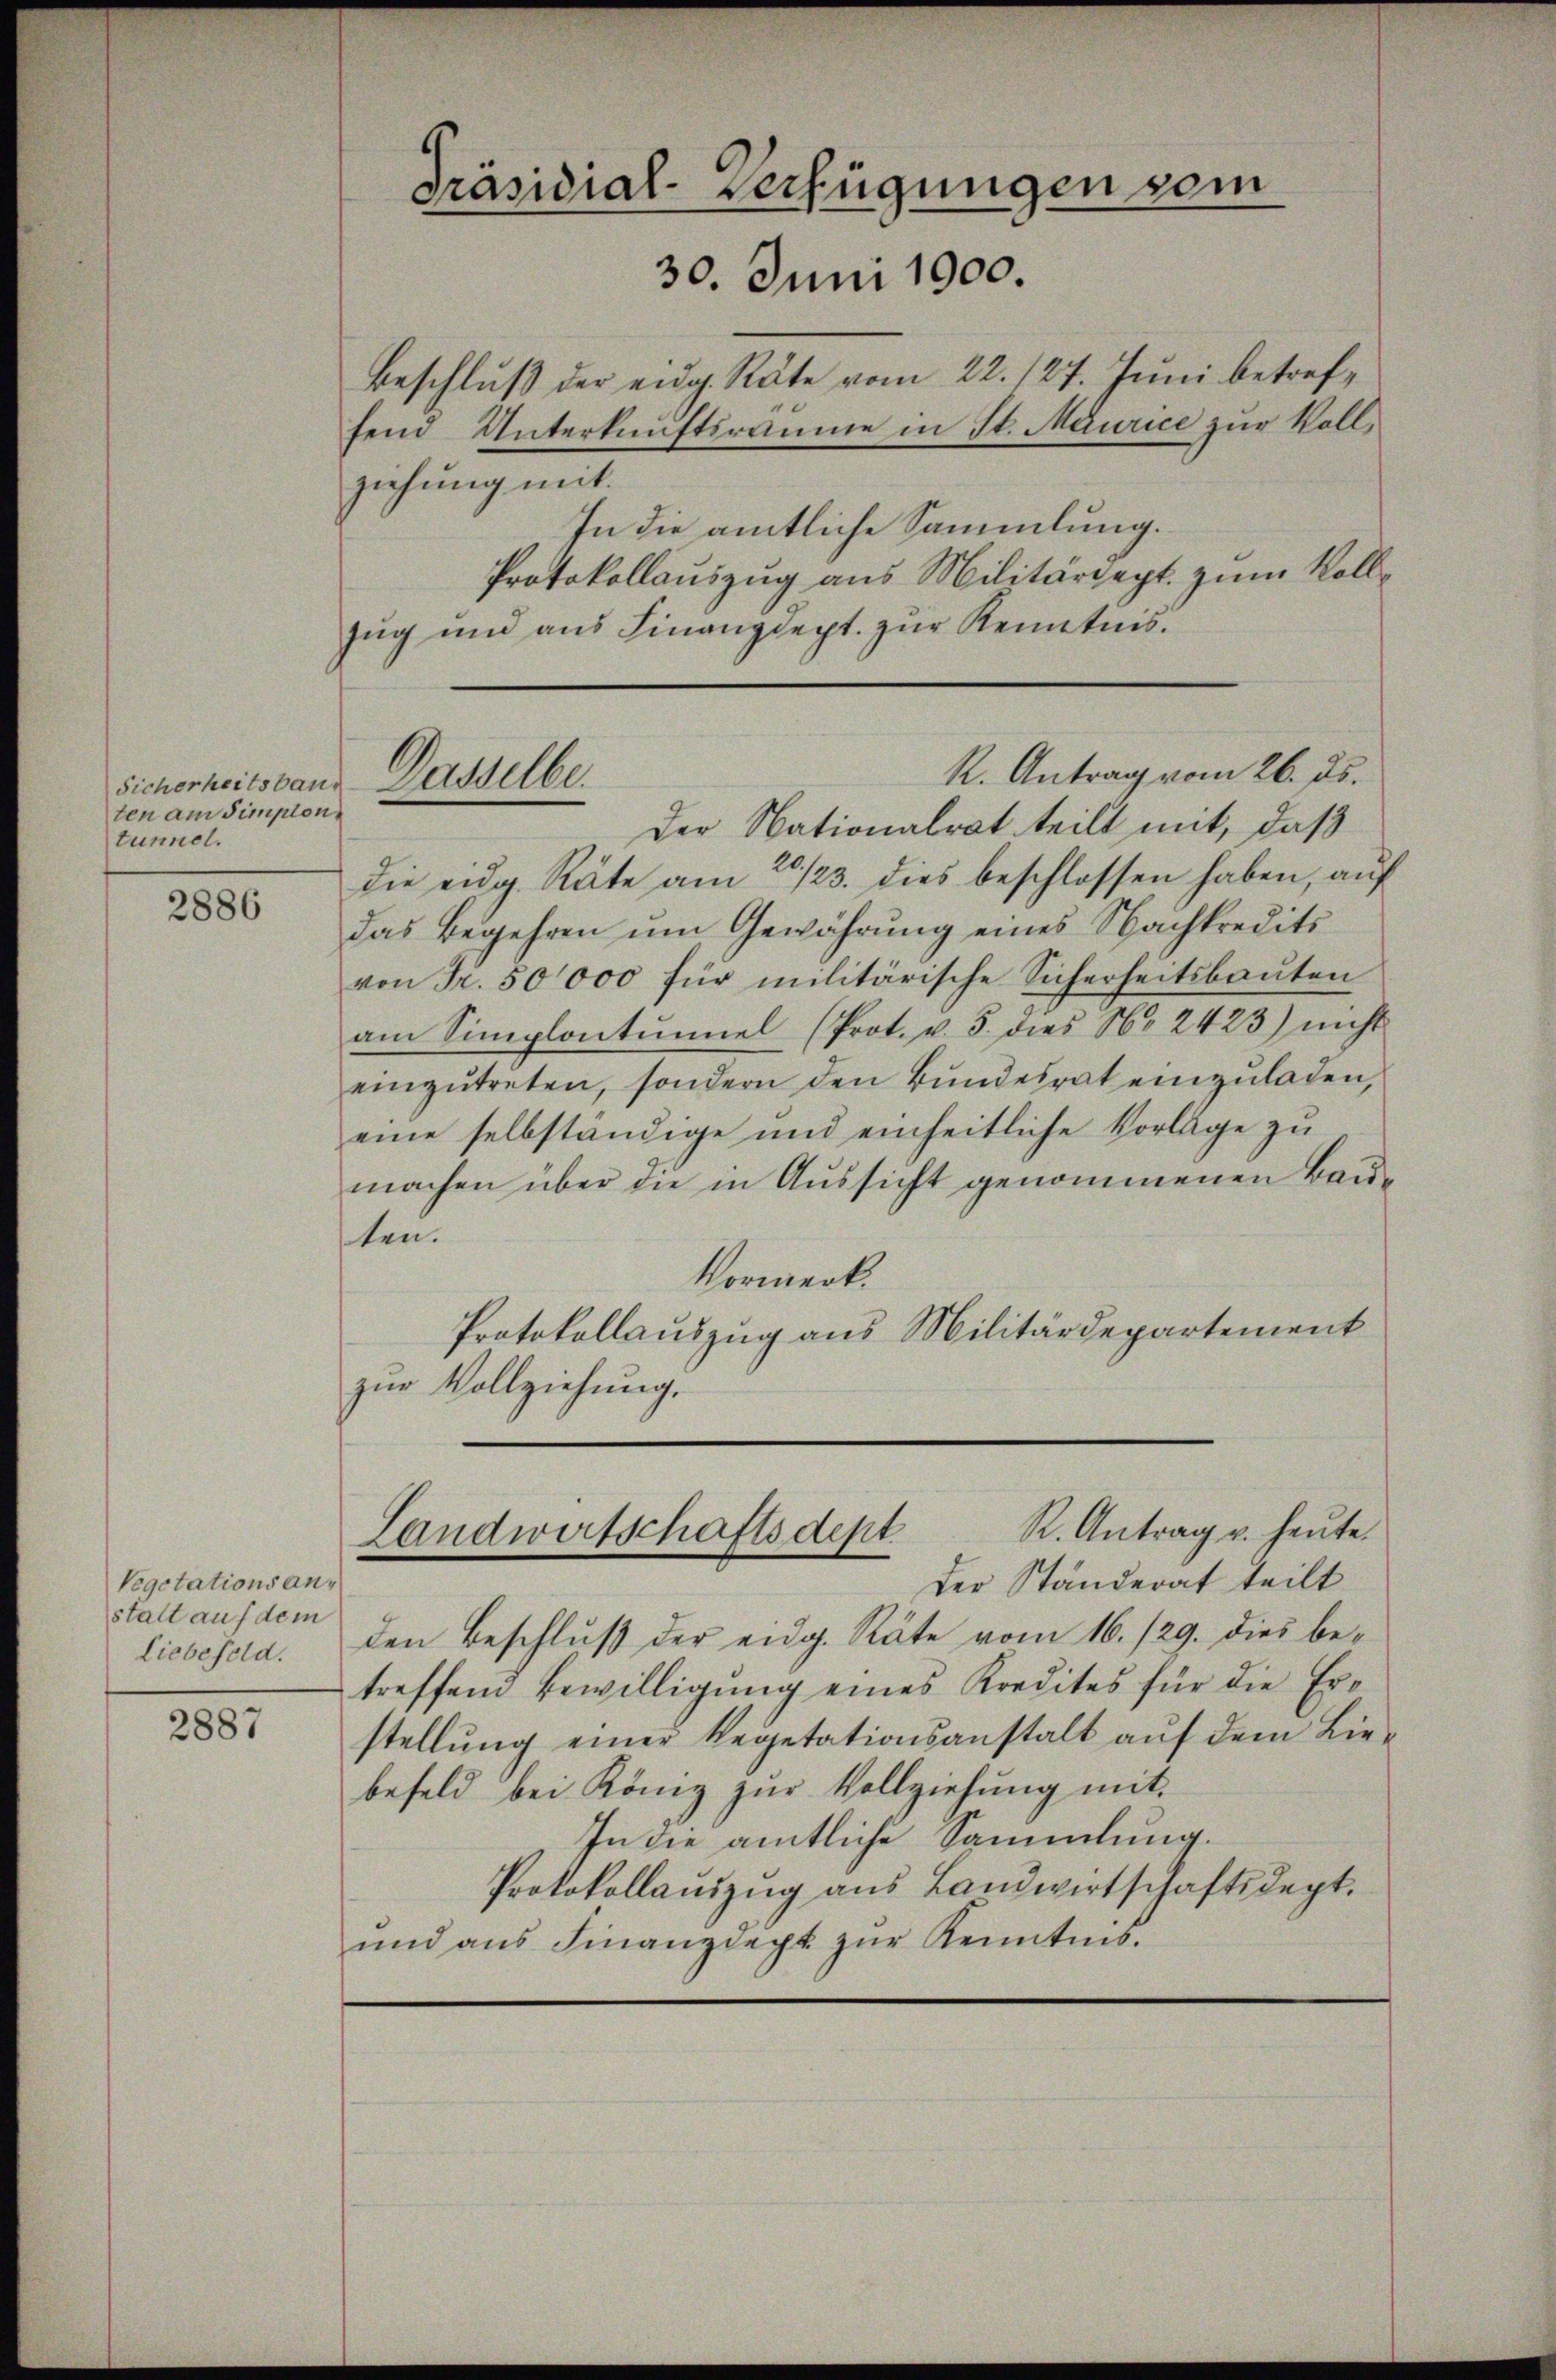
ten am Simplontunnel.

2886

Vegetationsanstalt auf dem
Liebefeld.

2887

Beschlŭβ der eidg. Räte vom 22. 127. Juni betreffend Unterkunftsräume in St. Maurice zur Vollziehung mit.
In die amtliche Sammlung.
Protokollauszug aus Militärdept. zum Voll¬
Zug und aus Finanzdept. zur Kenntnis.

sicherheitsbaus Dasselbe.

Präsidial-Verfügungen vom
30. Juni 1900.

Der Nationalrat teilt mit, daß
die eidg. Räte am 20./23. dies beschlossen haben, auf
das Begehren um Gewährung eines Nachkredits
von Fr. 50000 für militärische Sicherheitsbauten
am Simplontŭmel (Prot. v. 5. dies No 2423) nicht
einzŭtreten, sondern den Bŭndesrat einzŭladen,
eine selbständige und einheitliche Vorlage zu
machen über die in Aussicht genommenen Bauten.
Vormerk.
Protokollauszug aus Militärdepartement
zur Vollziehung.

R. Antrag vom 26. ds.

Der Ständerat teilt
den Beschluß der eidg. Räte vom 16. 129. dies betreffend Bewilligung eines Kredites für die Erstellung einer Repetationsanstalt auf dem Liebefeld bei König zŭr Vollziehŭng mit
In die amtliche Sammlung.
Protokollaŭszŭg aŭs Landwirtschaftsdept.
ŭnd ans Finanzdept zŭr Kenntnis.

R. Antrag u. heute.
Landwirtschaftsdept.